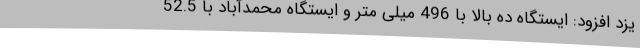
یزد افزود: ایستگاه ده بالا با 496 میلی متر و ایستگاه محمدآباد با 52.5